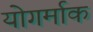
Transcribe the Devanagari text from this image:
योगर्माक